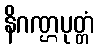
နိဂဏ္ဌပုတ္တံ